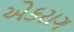
એકરાગ